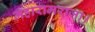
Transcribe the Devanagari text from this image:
महारामराजा।